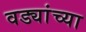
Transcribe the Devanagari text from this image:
वड्यांच्या